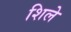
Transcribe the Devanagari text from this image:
शिले